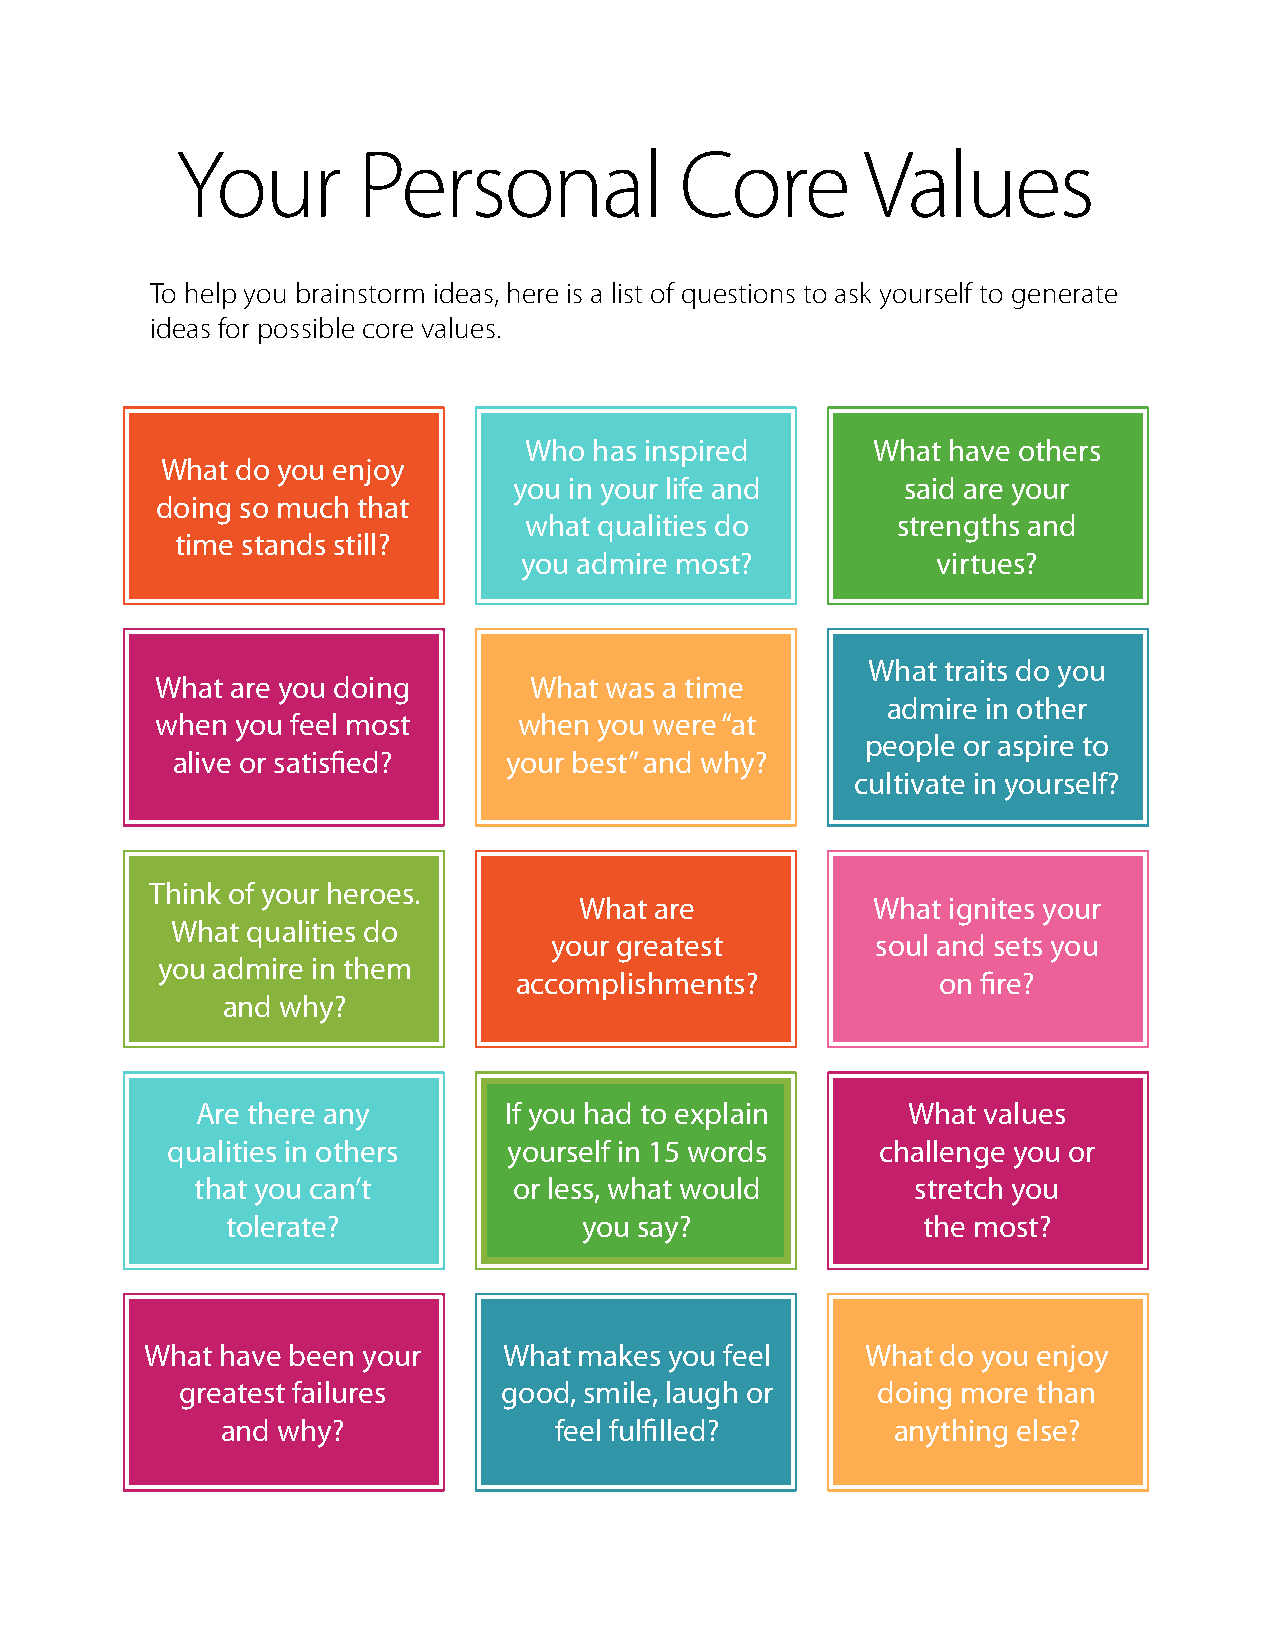
Your        Personal             Core        Values
 To help you brainstorm ideas, here is a list of questions to ask yourself to generate
 ideas for possible core values.
 Who has inspired       What have others
 What do you enjoy
 you in your life and      said are your
 doing so much that
 what qualities do       strengths and
 time stands still?
 you admire most?            virtues?
 What traits do you
 What are you doing       What was a time
 admire in other
 when  you feel most     when  you were “at
 people or aspire to
 alive or satisfied?    your best” and why?
 cultivate in yourself?
 Think of your heroes.
 What are            What ignites your
 What qualities do
 your greatest         soul and sets you
 you admire in them
 accomplishments?            on fire?
 and why?
 Are there any       If you had to explain      What values
 qualities in others    yourself in 15 words    challenge you or
 that you can’t       or less, what would        stretch you
 tolerate?               you say?              the most?
 What have been your    What makes you feel     What do you enjoy
 greatest failures    good, smile, laugh or    doing more than
 and why?              feel fulfilled?       anything else?